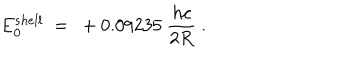
LaTeX: E _ { 0 } ^ { s h e l l } \ = \ + 0 . 0 9 2 3 5 \ \frac { h c } { 2 R } \ .